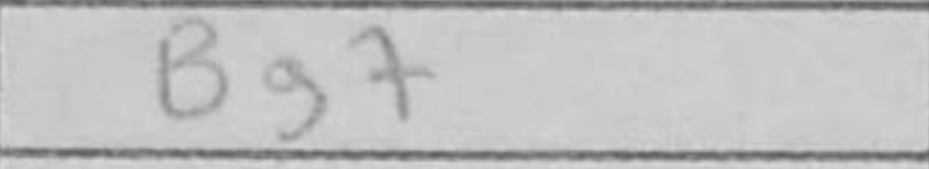
Transcription: Bg7